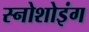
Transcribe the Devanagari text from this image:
स्नोशोइंग